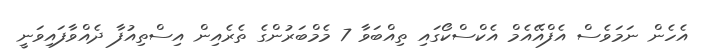
އެހެން ނަމަވެސް އެފްއޭއެމް އެކްސްކޯގައި ތިއްބަވާ 7 މެމްބަރުންގެ ތެރެއިން އިސްތިއުފާ ދެއްވާފައިވަނީ